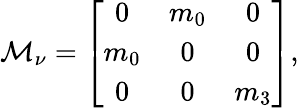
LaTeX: {\cal M}_{\nu}=\left[\begin{array}{ccc}{{0}}&{{m_{0}}}&{{0}}\\ {{m_{0}}}&{{0}}&{{0}}\\ {{0}}&{{0}}&{{m_{3}}}\end{array}\right],